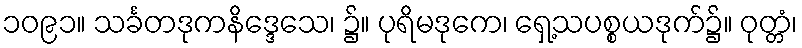
၁၀၉၁။ သင်္ခတဒုကနိဒ္ဒေသေ၊ ၌။ ပုရိမဒုကေ၊ ရှေ့သပစ္စယဒုက်၌။ ဝုတ္တံ၊